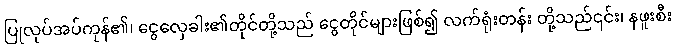
ပြုလုပ်အပ်ကုန်၏၊ ငွေလှေခါး၏တိုင်တို့သည် ငွေတိုင်များဖြစ်၍ လက်ရုံးတန်း တို့သည်၎င်း၊ နဖူးစီး